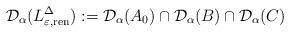
LaTeX: \begin{align*} \mathcal{D}_\alpha (L^\Delta_{\varepsilon, {\rm ren}}) := \mathcal{D}_\alpha (A_0) \cap \mathcal{D}_\alpha (B) \cap \mathcal{D}_\alpha (C)\end{align*}